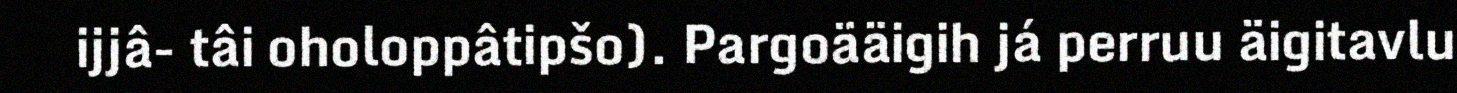
ijjâ- tâi oholoppâtipšo). Pargoääigih já perruu äigitavlu